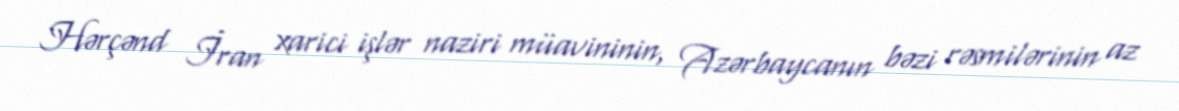
Hərçənd İran xarici işlər naziri müavininin, Azərbaycanın bəzi rəsmilərinin az